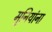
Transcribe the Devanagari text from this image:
मुनियांना